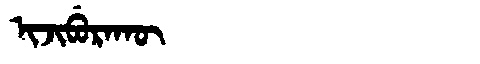
Manchu: ᡳᠵᡳᠪᡠᡵᠠᡴᡡ
Romanization: IJIBURAKŪ